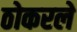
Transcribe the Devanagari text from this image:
ठोकरले